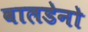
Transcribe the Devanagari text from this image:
वालडेनो